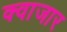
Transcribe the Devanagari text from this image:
क्वाजार